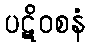
ပဋိဝစနံ